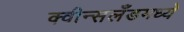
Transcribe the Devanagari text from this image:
क्वीन्सलँडमध्ये